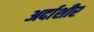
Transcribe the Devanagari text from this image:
अर्दाशीर